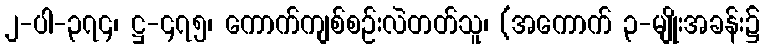
၂-ပါ-၃၇၄၊ ဋ္ဌ-၄၇၅၊ ကောက်ကျစ်စဉ်းလဲတတ်သူ၊ (အကောက် ၃-မျိုးအခန်း၌